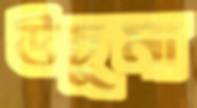
উচুমা